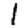
Digit: 1